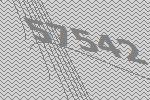
57542